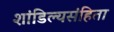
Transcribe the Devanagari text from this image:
शांडिल्यसंहिता